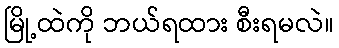
မြို့ထဲကို ဘယ်ရထား စီးရမလဲ။